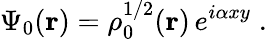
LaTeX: \Psi_{0}(\mathbf{r})=\rho_{0}^{1/2}(\mathbf{r})\, e^{i\alpha xy}\; .